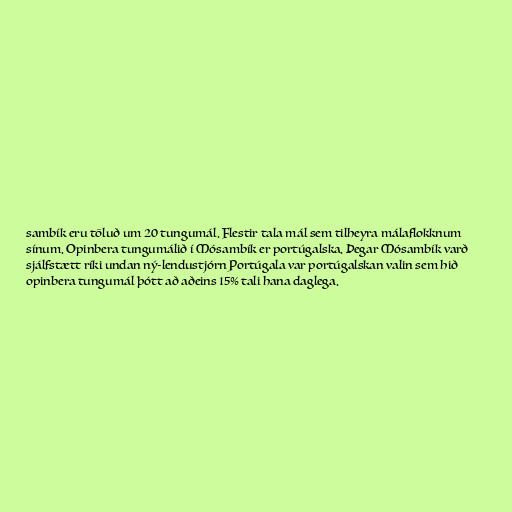
sambík eru töluð um 20 tungumál. Flestir tala mál sem tilheyra málaflokknum
sínum. Opinbera tungumálið í Mósambík er portúgalska. Þegar Mósambík varð
sjálfstætt ríki undan ný-lendustjórn Portúgala var portúgalskan valin sem hið
opinbera tungumál þótt að aðeins 15% tali hana daglega.